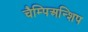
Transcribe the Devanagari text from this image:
चैम्पिअन्शिप